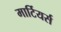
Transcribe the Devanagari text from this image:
मार्टियर्स